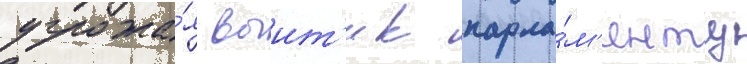
угрожа́я выит'и к парла́м'енту